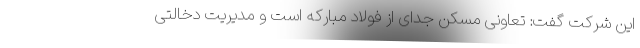
این شرکت گفت: تعاونی مسکن جدای از فولاد مبارکه است و مدیریت دخالتی